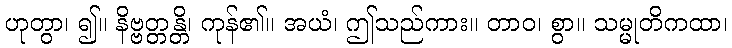
ဟုတွာ၊ ၍။ နိဗ္ဗတ္တန္တိ၊ ကုန်၏။ အယံ၊ ဤသည်ကား။ တာဝ၊ စွာ။ သမ္မုတိကထာ၊